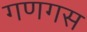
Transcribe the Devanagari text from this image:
गणगस